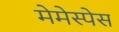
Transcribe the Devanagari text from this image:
मेमेस्पेस